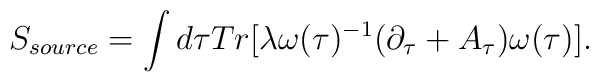
S_{source} =  \int d\tau Tr[ \lambda \omega(\tau)^{-1} (\partial_{\tau} +A_{\tau}) \omega(\tau)].